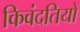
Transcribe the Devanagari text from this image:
किवंदतियों